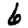
Digit: 6